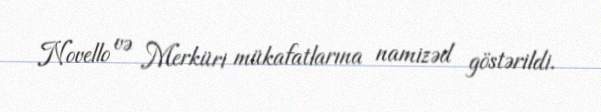
Novello və Merküri mükafatlarına namizəd göstərildi.